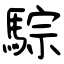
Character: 騌